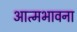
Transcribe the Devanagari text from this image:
आत्मभावना